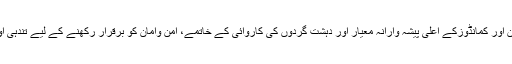
انسپکٹر جنرل آف پولیس امجد جاوید سلیمی نے افسران اور کمانڈوزکے اعلیٰ پیشہ وارانہ معیار اور دہشت گردوں کی کاروائی کے خاتمے، امن وامان کو برقرار رکھنے کے لیے تندہی اور لگاؤ سے فرائض انجام دینے کے جذبے کو سراہا۔